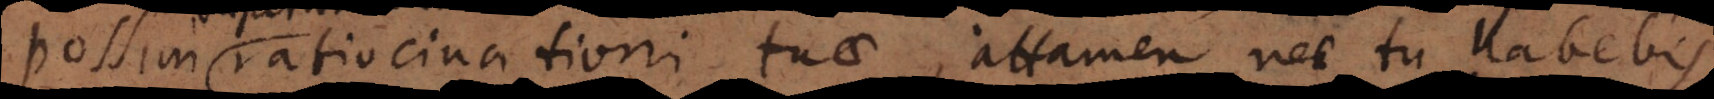
possim ratiocinationi tuae, attamen nec tu habebi